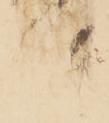
出